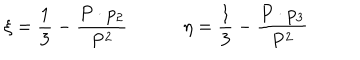
\xi = { \frac { 1 } { 3 } } - { \frac { P \cdot p _ { 2 } } { P ^ { 2 } } } \qquad \quad \eta = { \frac { 1 } { 3 } } - { \frac { P \cdot p _ { 3 } } { P ^ { 2 } } }